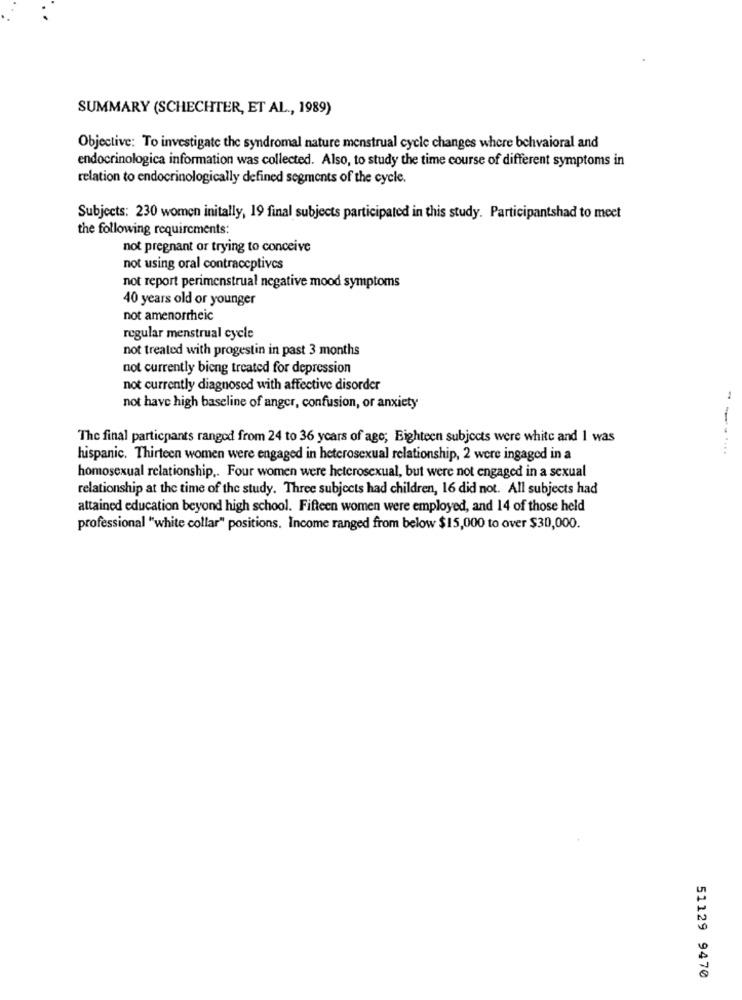
SUMMARY (SCHECHTER, ET AL ., 1989)
Objective: To investigate the syndromal nature menstrual cycle changes where behvaioral and
endocrinologica information was collected. Also, to study the time course of different symptoms in
relation to endocrinologically defined segments of the cycle.
Subjects: 230 women initally, 19 final subjects participated in this study. Participantshad to meet
the following requirements:
not pregnant or trying to conceive
not using oral contraceptives
not report perimenstrual negative mood symptoms
40 years old or younger
not amenorrheic
regular menstrual cycle
not treated with progestin in past 3 months
not currently bieng treated for depression
not currently diagnosed with affective disorder
not have high baseline of anger, confusion, or anxiety
The final particpants rangod from 24 to 36 years of age; Eighteen subjects were white and I was
hispanic. Thirteen women were engaged in heterosexual relationship, 2 were ingaged in a
homosexual relationship .. Four women were heterosexual, but were not engaged in a sexual
relationship at the time of the study. Three subjects had children, 16 did not. All subjects had
attained education beyond high school. Fifteen women were employed, and 14 of those held
professional "white collar" positions. Income ranged from below $15,000 to over $30,000.
51129 9470